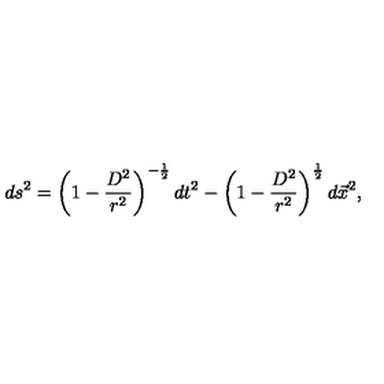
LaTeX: d s ^ { 2 } = \left( 1 - \frac { D ^ { 2 } } { r ^ { 2 } } \right) ^ { - \frac { 1 } { 2 } } d t ^ { 2 } - \left( 1 - \frac { D ^ { 2 } } { r ^ { 2 } } \right) ^ { \frac { 1 } { 2 } } d \vec { x } ^ { 2 } ,